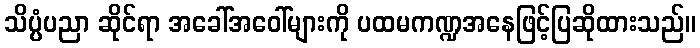
သိပ္ပံပညာ ဆိုင်ရာ အခေါ်အဝေါ်များကို ပထမကဏ္ဍအနေဖြင့်ပြဆိုထားသည်။